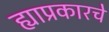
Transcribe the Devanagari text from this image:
ह्याप्रकारचे